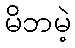
မိဘမဲ့